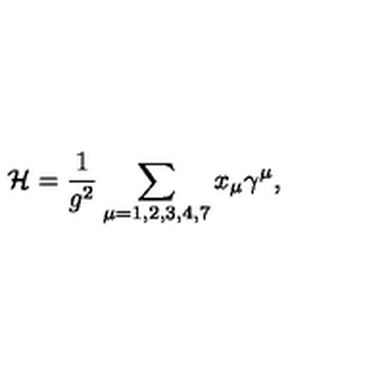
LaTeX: { \cal H } = \frac { 1 } { g ^ { 2 } } \sum _ { \mu = 1 , 2 , 3 , 4 , 7 } x _ { \mu } \gamma ^ { \mu } ,